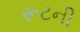
રૂટની